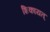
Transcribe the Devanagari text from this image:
शिकायत्